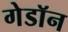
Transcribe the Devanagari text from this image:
गेडाॅन